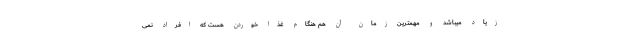
زیاد میباشد و مهمترین زمان آن هم هنگام غذا خوردن هست که افراد نمی